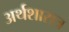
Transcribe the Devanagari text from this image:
अर्थशासत्र